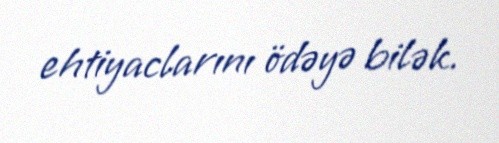
ehtiyaclarını ödəyə bilək.